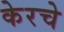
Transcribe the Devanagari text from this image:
केरचे